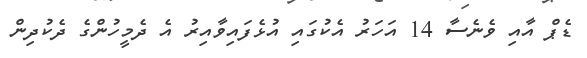
ޑެޕް އާއި ވެނެސާ 14 އަހަރު އެކުގައި އުޅެފައިވާއިރު އެ ދެމީހުންގެ ދެކުދިން